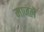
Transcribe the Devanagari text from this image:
माजलें